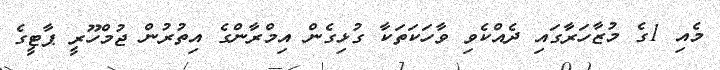
މެއި 1ގެ މުޒާހަރާގައި ދެއްކެވި ވާހަކަތަކާ ގުޅިގެން އިމްރާންގެ އިތުރުން ޖުމްހޫރީ ޕާޓީގެ